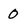
Character: 0